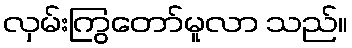
လှမ်းကြွတော်မူလာ သည်။